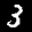
Label: 3